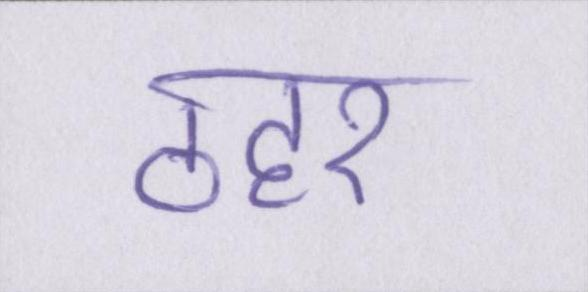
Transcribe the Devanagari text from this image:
ठहर